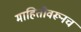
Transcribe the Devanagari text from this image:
माहितीवरूनच